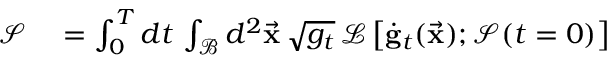
\begin{array} { r l } { \mathcal { S } } & { { } = \int _ { 0 } ^ { T } d t \, \int _ { \mathcal { B } } d ^ { 2 } \vec { \bf x } \, \sqrt { g _ { t } } \, \mathcal { L } \left[ \dot { \bf g } _ { t } ( \vec { \bf x } ) ; \mathcal { S } ( t = 0 ) \right] } \end{array}